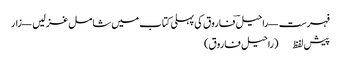
فہرست — راحیلؔ فاروق کی پہلی کتاب میں شامل غزلیں — زار
پیش لفظ (راحیل فاروق)